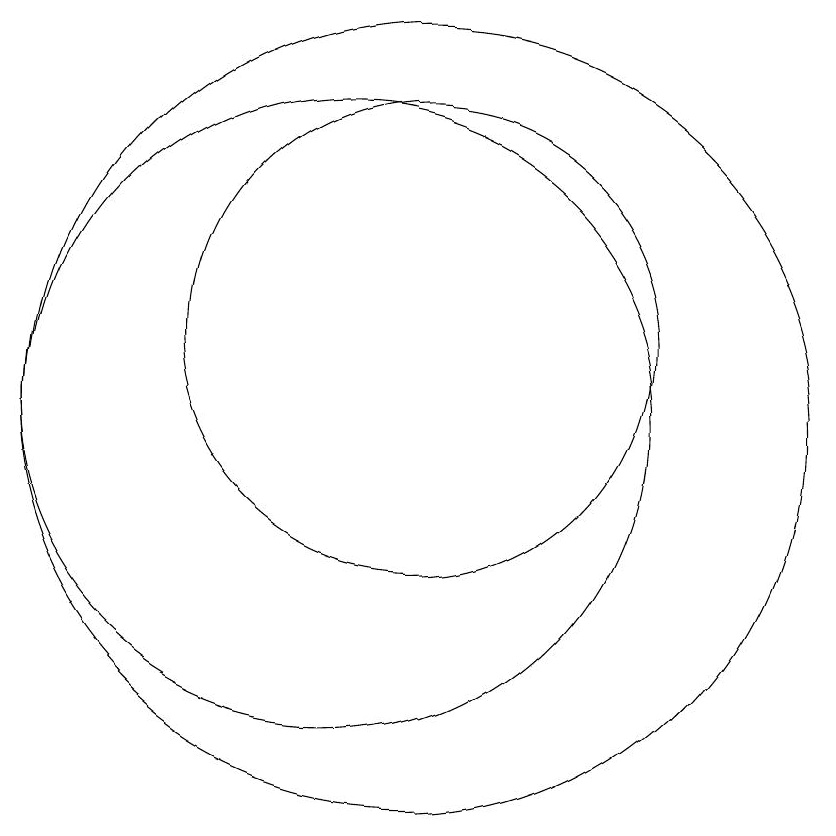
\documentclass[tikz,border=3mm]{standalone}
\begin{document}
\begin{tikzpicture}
\draw (11,11) circle (3);
\draw (10,10) circle (4);
\draw (11,10) circle (5);
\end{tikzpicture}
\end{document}